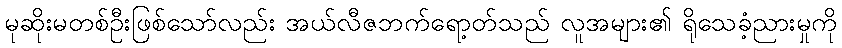
မုဆိုးမတစ်ဦးဖြစ်သော်လည်း အယ်လီဇဘက်ရော့တ်သည် လူအများ၏ ရိုသေခံ့ညားမှုကို